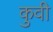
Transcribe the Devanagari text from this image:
कुवी